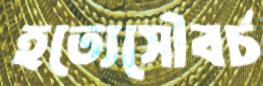
হত্যেসৌবর্চ